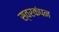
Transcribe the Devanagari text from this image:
स्वरकंपन